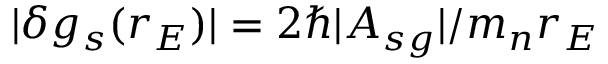
\lvert \delta g _ { s } ( r _ { E } ) \rvert = 2 \hbar \lvert A _ { s g } \rvert / m _ { n } r _ { E }